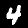
Digit: 4